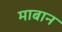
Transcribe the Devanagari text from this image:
माबान